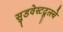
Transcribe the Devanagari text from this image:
सुडवेस्टदूत्स्चे